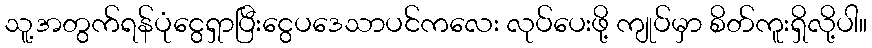
သူ့အတွက်ရန်ပုံငွေရှာပြီးငွေပဒေသာပင်ကလေး လုပ်ပေးဖို့ ကျုပ်မှာ စိတ်ကူးရှိလို့ပါ။